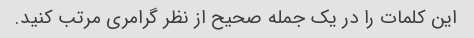
این کلمات را در یک جمله صحیح از نظر گرامری مرتب کنید.